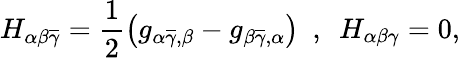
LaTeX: H_{\alpha\beta\overline{{{\gamma}}}}=\frac{1}{2}\left(g_{\alpha\overline{{{\gamma}}},\beta}-g_{\beta\overline{{{\gamma}}},\alpha}\right)\ \ ,\ \ H_{\alpha\beta\gamma}=0,